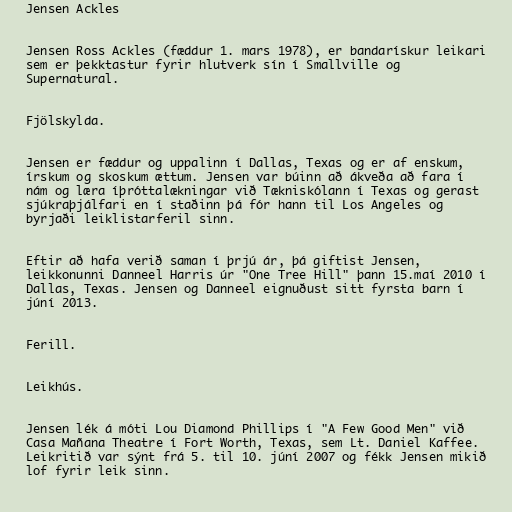
Jensen Ackles

Jensen Ross Ackles (fæddur 1. mars 1978), er bandarískur leikari
sem er þekktastur fyrir hlutverk sín í Smallville og
Supernatural.

Fjölskylda.

Jensen er fæddur og uppalinn í Dallas, Texas og er af enskum,
írskum og skoskum ættum. Jensen var búinn að ákveða að fara í
nám og læra íþróttalækningar við Tækniskólann í Texas og gerast
sjúkraþjálfari en í staðinn þá fór hann til Los Angeles og
byrjaði leiklistarferil sinn.

Eftir að hafa verið saman í þrjú ár, þá giftist Jensen,
leikkonunni Danneel Harris úr "One Tree Hill" þann 15.maí 2010 í
Dallas, Texas. Jensen og Danneel eignuðust sitt fyrsta barn í
júní 2013.

Ferill.

Leikhús.

Jensen lék á móti Lou Diamond Phillips í "A Few Good Men" við
Casa Mañana Theatre í Fort Worth, Texas, sem Lt. Daniel Kaffee.
Leikritið var sýnt frá 5. til 10. júní 2007 og fékk Jensen mikið
lof fyrir leik sinn.